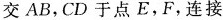
交AB，CD于点E，F，连接